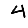
Digit: 4